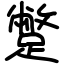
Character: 蹩